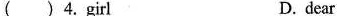
( )4. Girl D.dear